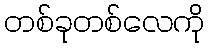
တစ်ခုတစ်လေကို